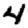
Digit: 4